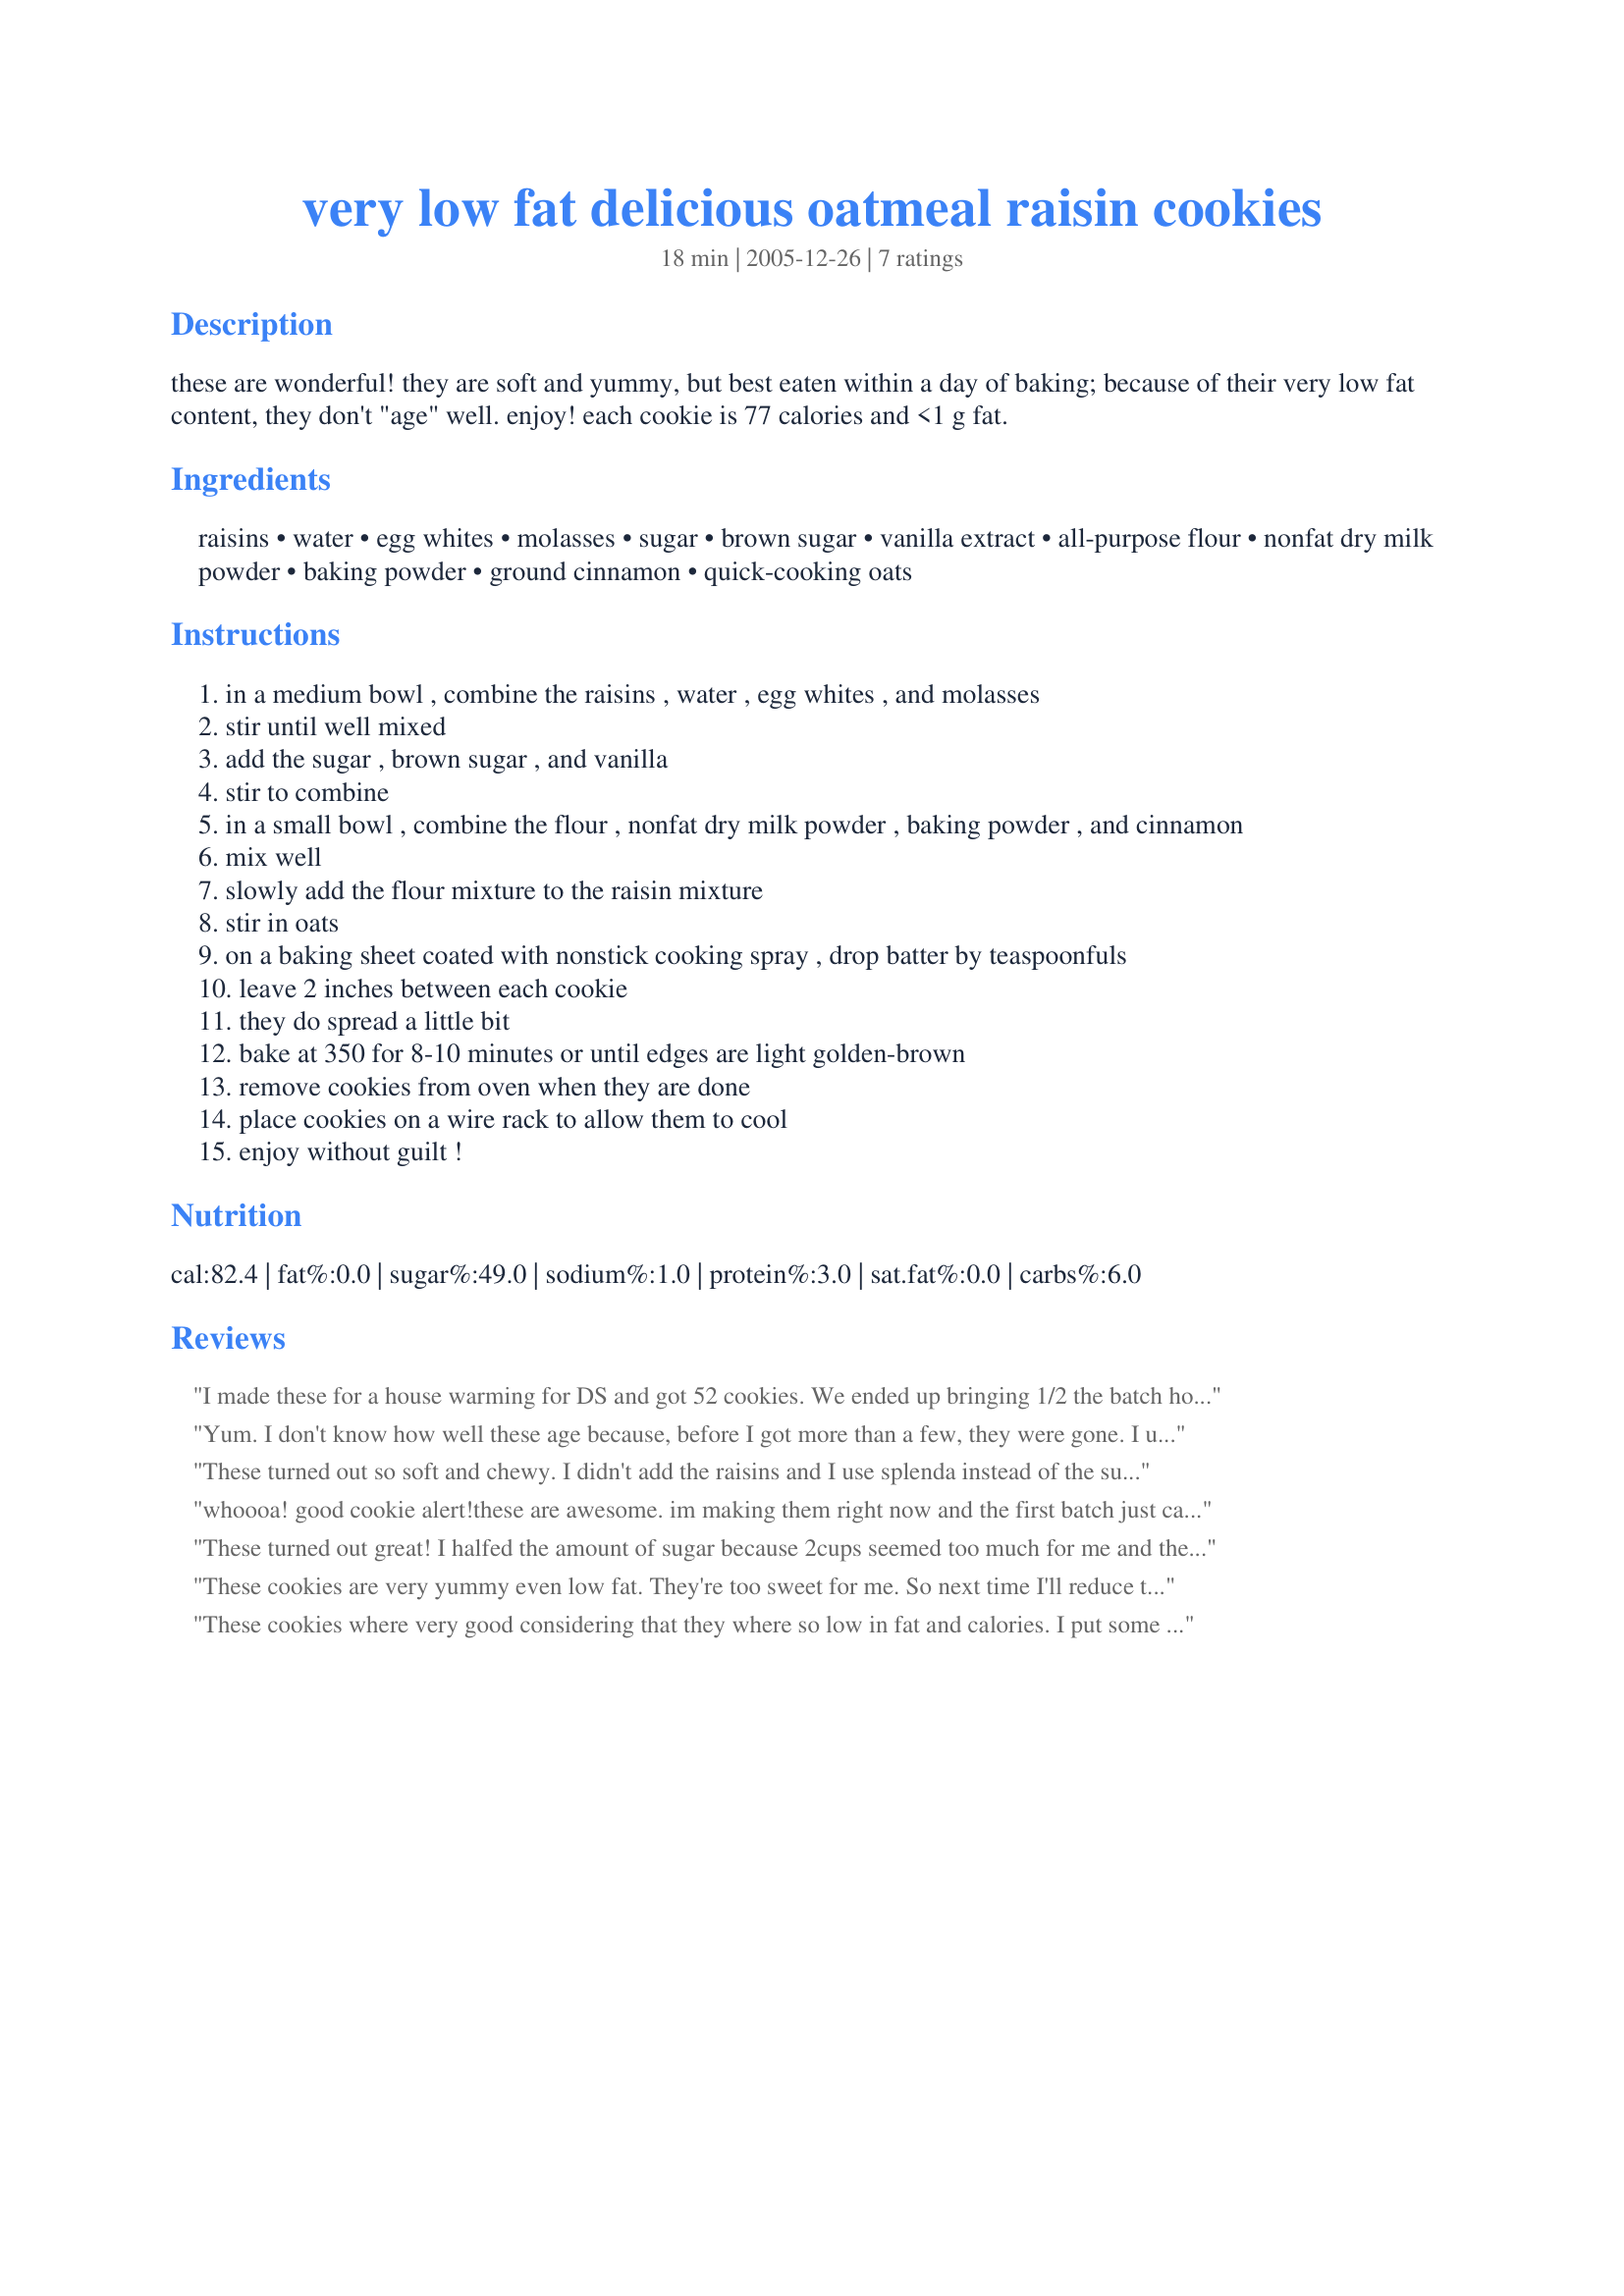
very low fat delicious oatmeal raisin cookies
Preparation time: 18 minutes

these are wonderful! they are soft and yummy, but best eaten within a day of baking; because of their very low fat content, they don't "age" well. enjoy! each cookie is 77 calories and <1 g fat.

Ingredients:
raisins, water, egg whites, molasses, sugar, brown sugar, vanilla extract, all-purpose flour, nonfat dry milk powder, baking powder, ground cinnamon, quick-cooking oats

Steps:
in a medium bowl , combine the raisins , water , egg whites , and molasses
stir until well mixed
add the sugar , brown sugar , and vanilla
stir to combine
in a small bowl , combine the flour , nonfat dry milk powder , baking powder , and cinnamon
mix well
slowly add the flour mixture to the raisin mixture
stir in oats
on a baking sheet coated with nonstick cooking spray , drop batter by teaspoonfuls
leave 2 inches between each cookie
they do spread a little bit
bake at 350 for 8-10 minutes or until edges are light golden-brown
remove cookies from oven when they are done
place cookies on a wire rack to allow them to cool
enjoy without guilt !

Reviews:
I made these for a house warming for DS and got 52 cookies. We ended up bringing 1/2 the batch home because DH went bananas over them and our son is very generous, lol. Easy to make! I baked 3 trays at once on convection and they were all done in 10 mins. It's nice to know that they are both eating something that is so low in fat and happy about it :D. My only change was to use 1 1/2 cups of old fashioned oats with 1 cup of quick. DH is happily munching some with afternoon coffee at this moment. Thanks for posting this.
Yum. I don't know how well these age because, before I got more than a few, they were gone. I used regular brown sugar but splenda for the white, and white whole wheat flour. Mine did not spread at all and whatever shape I put them on the pan was the shape I got at the end. I also made a basic glaze of a little powdered sugar and lemon juice/water to drizzle over at the end. (Mostly because my crew is not usually fond of oatmeal raisin cookies. Truth be told, I had a lot of raisins and oatmeal to use up.) As I said, these were gone right away so it worked! Thanks!
These turned out so soft and chewy. I didn't add the raisins and I use splenda instead of the sugar. They're great for a low fat cookie. They didn't spread out for me. The way I put them in is the way they came out. Next time I'll try less sugar. I don't need that much. These are amazing in the evening with a coffee or tea.
whoooa! good cookie alert!<br/>these are awesome. im making them right now and the first batch just came out. gah. my house smells soooooo good. delicious=check.<br/>i didnt have any powdered milk so i did like another Foodie who commented and substituted that for the 1 1/4 flour. i also added mini chocolate chips and honey/less sugar. i agree with most on here, they came out looking the same as i put them in. so shape them how you want them. i added coconout to half the batch, super yummy.<br/>awesome recipie. thanks!
These turned out great! I halfed the amount of sugar because 2cups seemed too much for me and they turned out sweet enough. I also used milk instead of water and didn't add powdered milk (didn't have any). Also added some dark chocolate chips. Great recipe!
These cookies are very yummy even low fat. They're too sweet for me. So next time I'll reduce the quantity of sugar and brown sugar. I made 50 cookies. After 3 days, they're still good. I used 1 1/2 cup of old-fashioned oat and 1 cut quick oat. Thanks :) Made for healthy tag game
These cookies where very good considering that they where so low in fat and calories. I put some chunks of chocolate in them just because they go great together. I substituted the water for 1/4 cup of fat free milk, and used 1 1/4 cup of flour to substitute for the dry milk. Great recipe and thanks so much.
